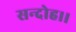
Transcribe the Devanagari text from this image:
सन्‍दोह।।